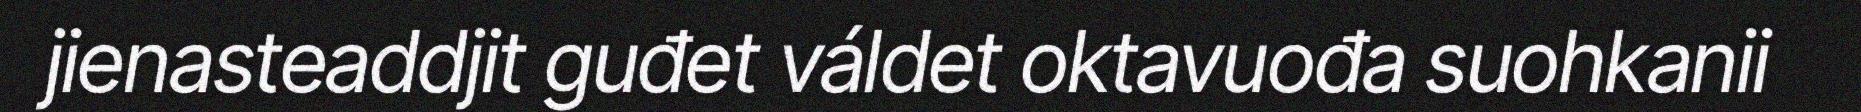
jienasteaddjit guđet váldet oktavuođa suohkanii